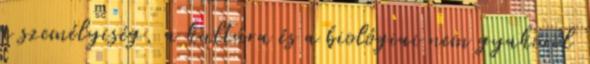
a személyiség, a kultúra és a biológiai nem gyakorol